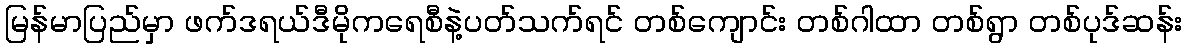
မြန်မာပြည်မှာ ဖက်ဒရယ်ဒီမိုကရေစီနဲ့ပတ်သက်ရင် တစ်ကျောင်း တစ်ဂါထာ တစ်ရွာ တစ်ပုဒ်ဆန်း